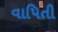
વાપિતી